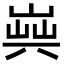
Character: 𠔞